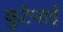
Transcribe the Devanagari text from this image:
कुटेनाई